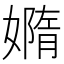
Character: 嫷